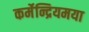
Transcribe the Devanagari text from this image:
कर्मेन्द्रियमया